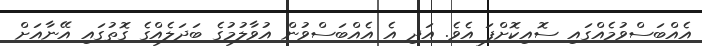
އެއްބަސްވުމެއްގައި ސޮއިކޮށްފަ އެވެ. އަދި އެ އެއްބަސްވުން އުވާލުމުގެ ބަދަލެއްގެ ގޮތުގައި އޭނާއަށް